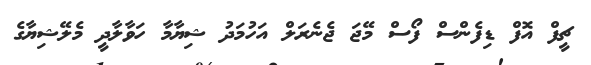
ޗީފް އޮފް ޑިފެންސް ފޯސް މޭޖަ ޖެނެރަލް އަހުމަދު ޝިޔާމާ ހަވާލާދީ މެލޭޝިޔާގެ